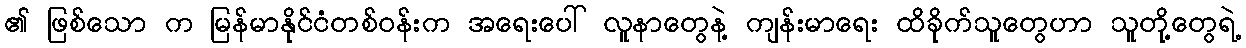
၏ ဖြစ်သော က မြန်မာနိုင်ငံတစ်ဝန်းက အရေးပေါ် လူနာတွေနဲ့ ကျန်းမာရေး ထိခိုက်သူတွေဟာ သူတို့တွေရဲ့